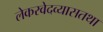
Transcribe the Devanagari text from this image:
लेकरवेदव्यासतथा